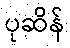
ပုဆိန်